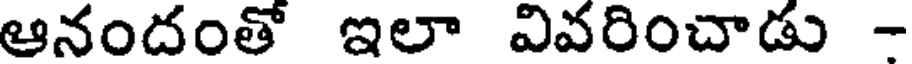
ఆనందంతో ఇలా వివరించాడు -